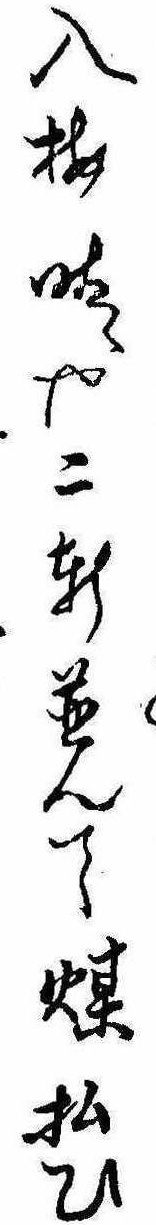
入梅晴や二軒並んて煤払ひ